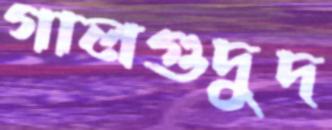
গালগুদুদ